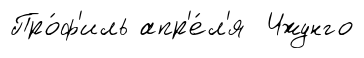
Про́ф'иль апр'е́л'я Чжунго